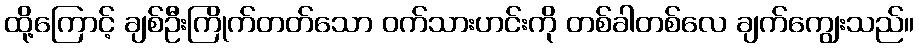
ထို့ကြောင့် ချစ်ဦးကြိုက်တတ်သော ဝက်သားဟင်းကို တစ်ခါတစ်လေ ချက်ကျွေးသည်။